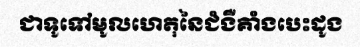
ជាទូទៅមូលហេតុនៃជំងឺគាំងបេះដូង